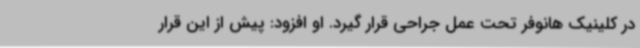
در کلینیک هانوفر تحت عمل جراحی قرار گیرد. او افزود: پیش از این قرار